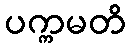
ပက္ကမတိ